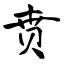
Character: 贲